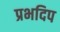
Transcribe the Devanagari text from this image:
प्रभदिप